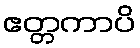
ဧတ္တကာပိ